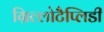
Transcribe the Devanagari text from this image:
ग्रिल्लोटैप्लिडी